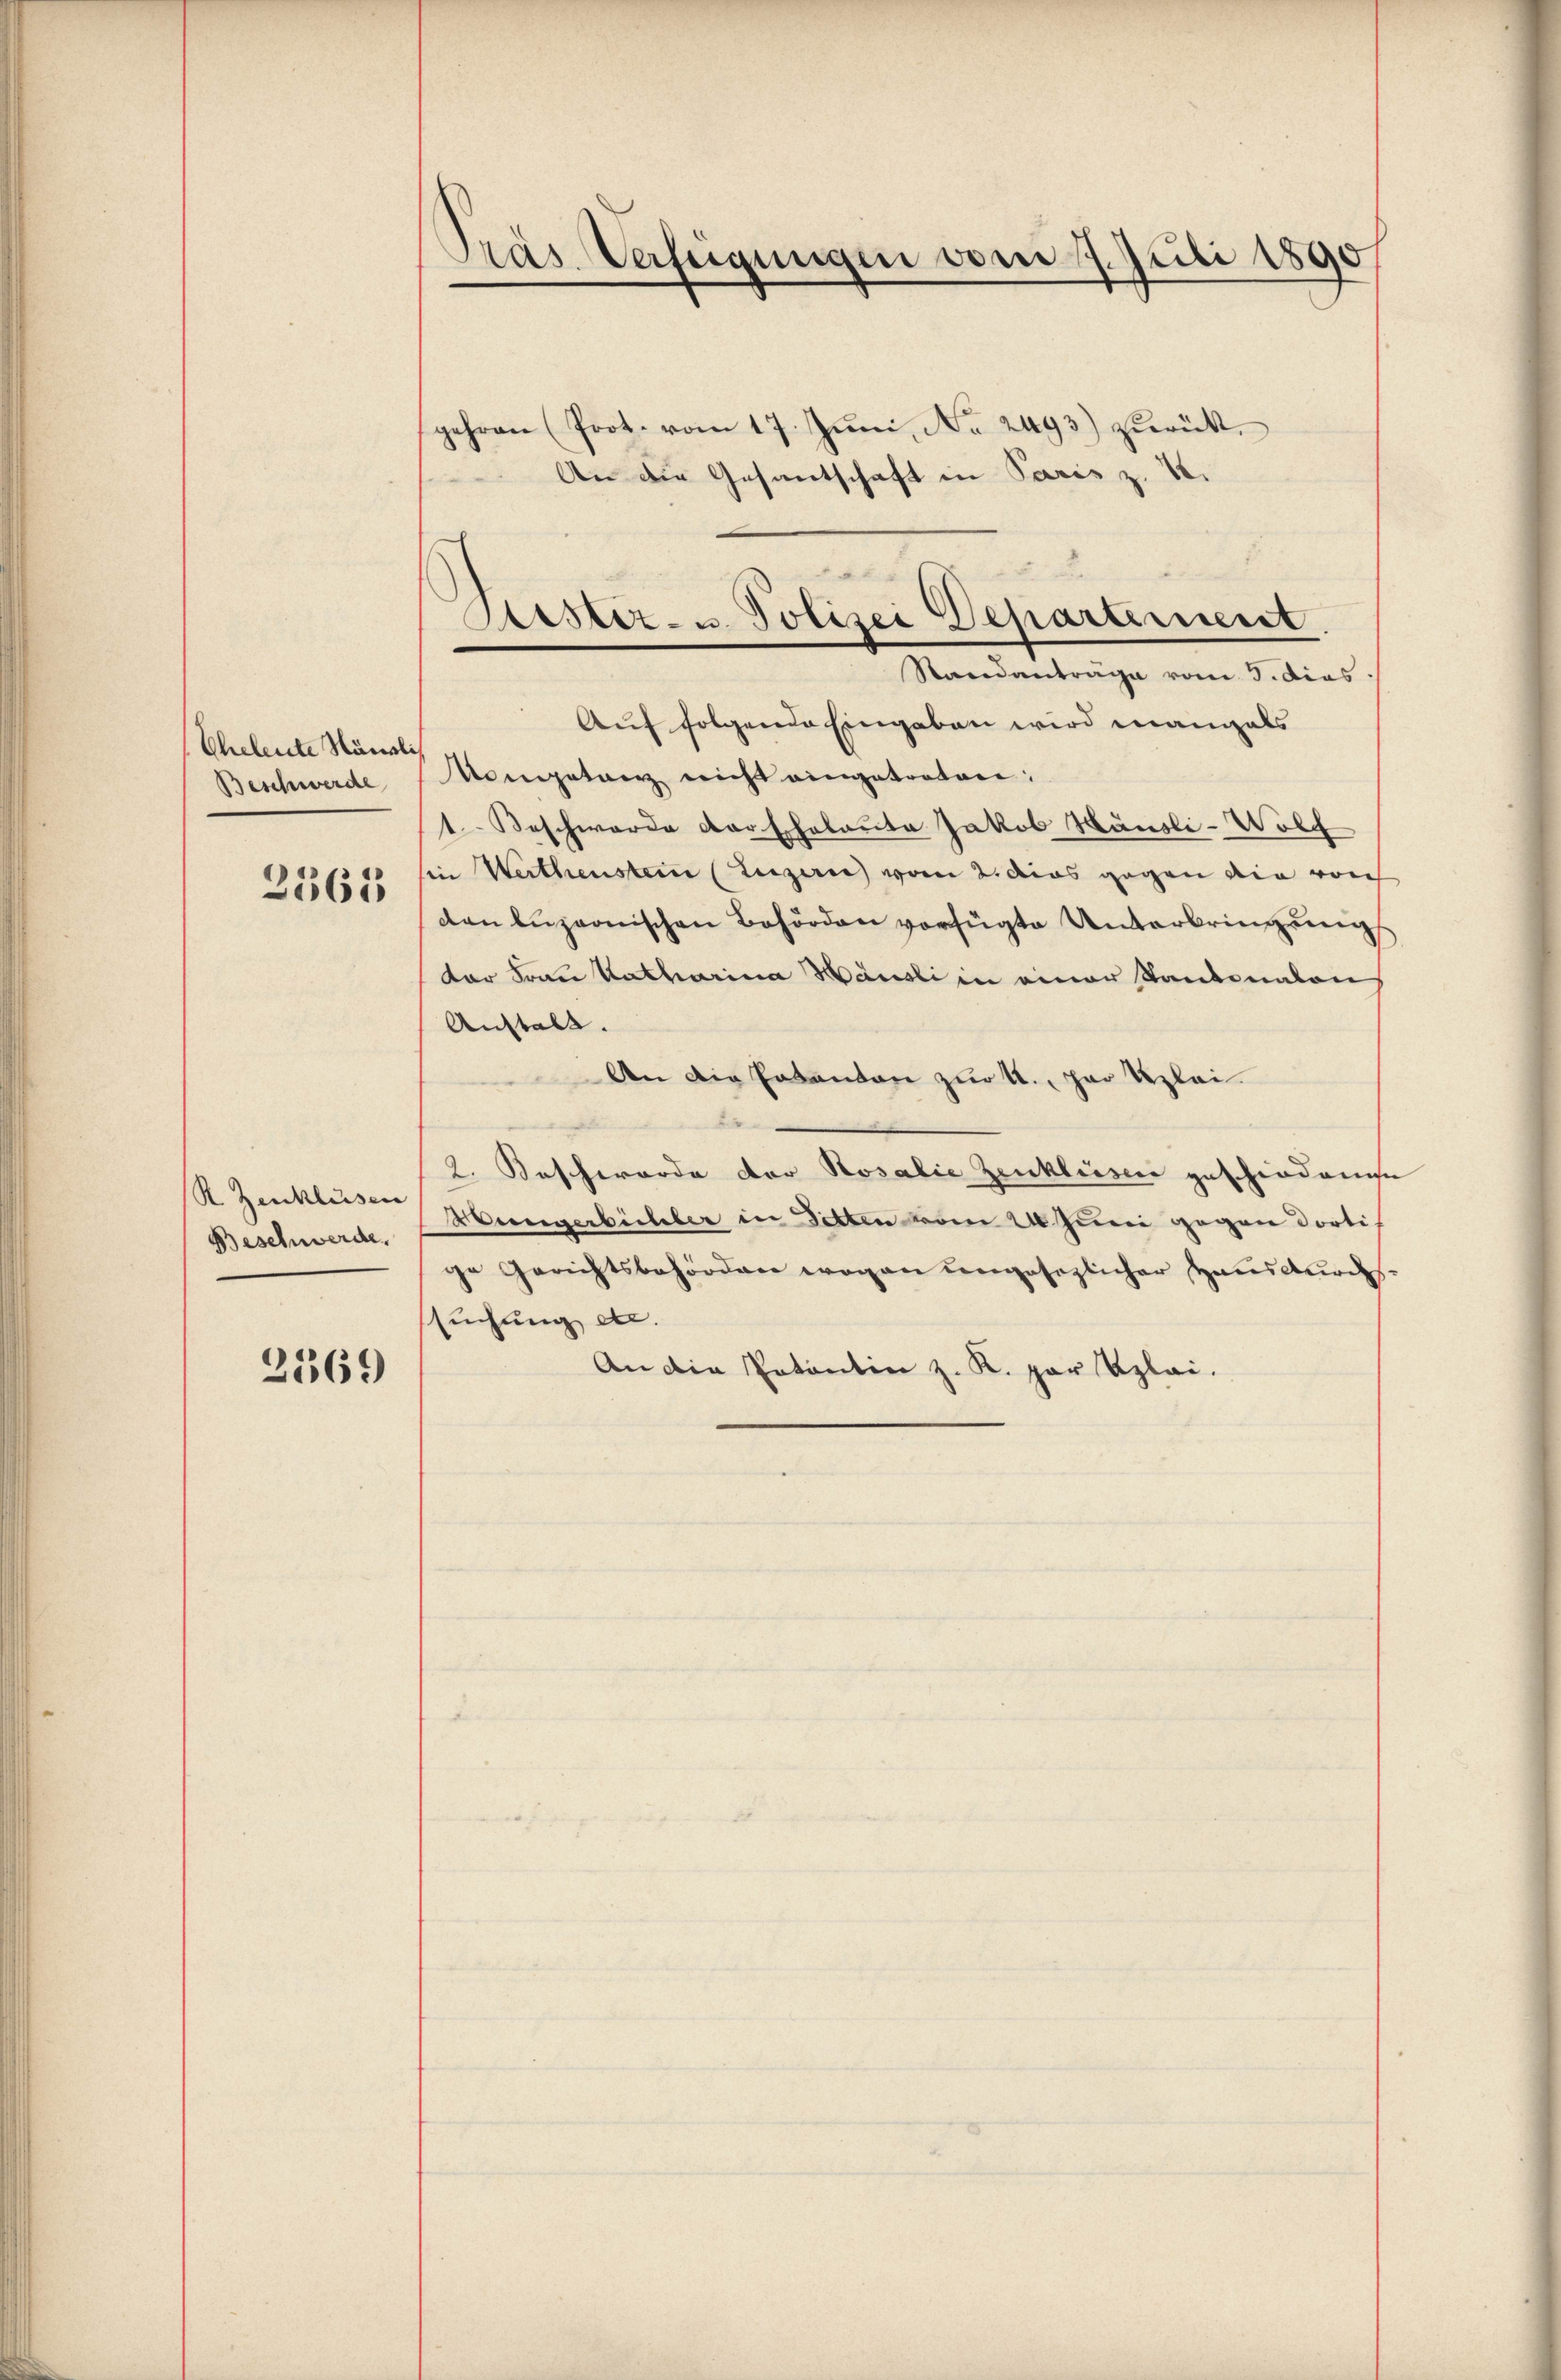
Eheleute Ständlich
Beschwerde
3361

K Zenklüssen
Beschwerde,

2369

Pras Verfügungen vom 7. Juli 1890

Aester- u. Polizei Departement.
Standanträge vom 3. dies

gehren (Prot. vom 17. Jŭni No 2493) zŭrück.
An die Gesantschaft in Paris z. B.
Auf folgende Eingaben wird mangals
Kompetenz nicht eingetreten,
1. Beschwerde der Eheleute Jakob Häusli-Wolf
sin Werthenstern (Luzern vom 2. dies gegen die von
don luzernischen Behörden verfügte Unterbringung
dar Frau Katharina Häusli in einer Kantonalen
Anstalt.
An die Pakanton zur U., par Klei
2. Beschworde der Rosalie Zenkluser geschiedene
Müngerbüchler in Betten vom 24. Juni gegen dorti
ge Gerichtsbehörden wegen ungesezlicher Hausdurch-
suchung etc.
An die Patentin z. K. par Kzlai.